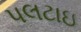
પલટાઇ